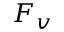
F _ { v }